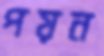
পয়ন